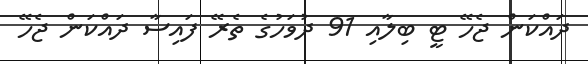
ދައްކަން ޖެހޭ ޓީ ބިލާއި 91 ދުވަހުގެ ތެރޭ ފައިސާ ދައްކަން ޖެހޭ